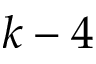
k - 4